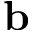
\mathbf b